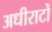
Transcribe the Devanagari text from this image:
अधीराटों